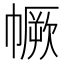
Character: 𢅅